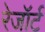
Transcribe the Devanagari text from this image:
रेजॉर्ट